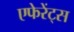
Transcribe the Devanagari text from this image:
एफेरेंट्स